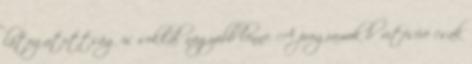
látogatottság is sokkal nagyobb lenne. A programok bővítésére csak